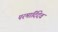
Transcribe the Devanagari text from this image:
परमार्दिदेव